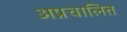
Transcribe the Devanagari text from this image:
अप्रचालित